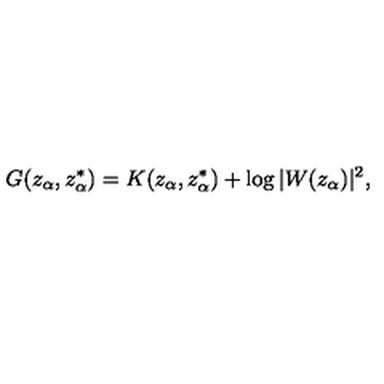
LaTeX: G ( z _ { \alpha } , z _ { \alpha } ^ { * } ) = K ( z _ { \alpha } , z _ { \alpha } ^ { * } ) + \log | W ( z _ { \alpha } ) | ^ { 2 } ,